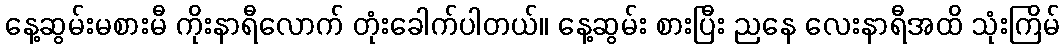
နေ့ဆွမ်းမစားမီ ကိုးနာရီလောက် တုံးခေါက်ပါတယ်။ နေ့ဆွမ်း စားပြီး ညနေ လေးနာရီအထိ သုံးကြိမ်